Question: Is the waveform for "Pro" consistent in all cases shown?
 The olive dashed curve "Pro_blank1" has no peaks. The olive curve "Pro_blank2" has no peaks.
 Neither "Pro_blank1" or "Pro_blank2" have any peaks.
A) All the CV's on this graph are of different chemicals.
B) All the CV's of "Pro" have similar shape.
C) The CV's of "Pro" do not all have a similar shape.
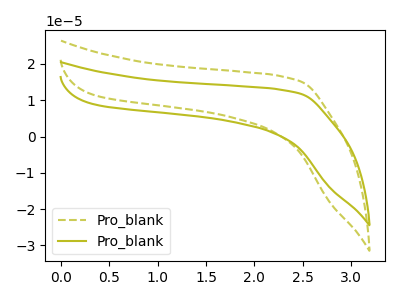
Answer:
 <answer>B) All the CV's of "Pro" have similar shape.</answer>
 <eval>B</eval>